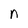
Character: n